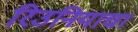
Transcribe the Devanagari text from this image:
रिउनियाचा